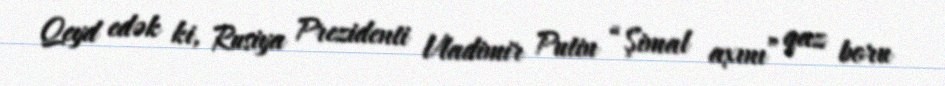
Qeyd edək ki, Rusiya Prezidenti Vladimir Putin “Şimal axını” qaz boru